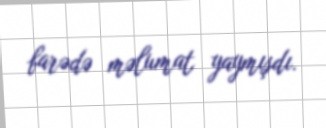
barədə məlumat yaymışdı.